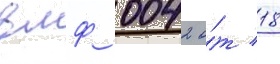
вмф 0042 о́т 18